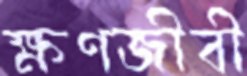
ক্ষণজীবী